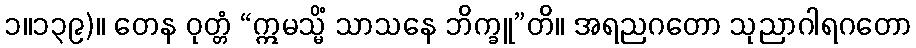
၁။၁၃၉)။ တေန ဝုတ္တံ “ဣမသ္မိံ သာသနေ ဘိက္ခူ”တိ။ အရညဂတော သုညာဂါရဂတော